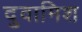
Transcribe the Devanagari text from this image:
दुवामिश